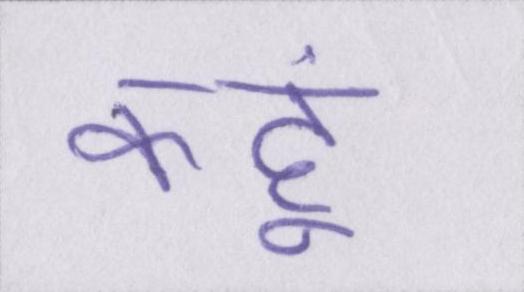
कहूं